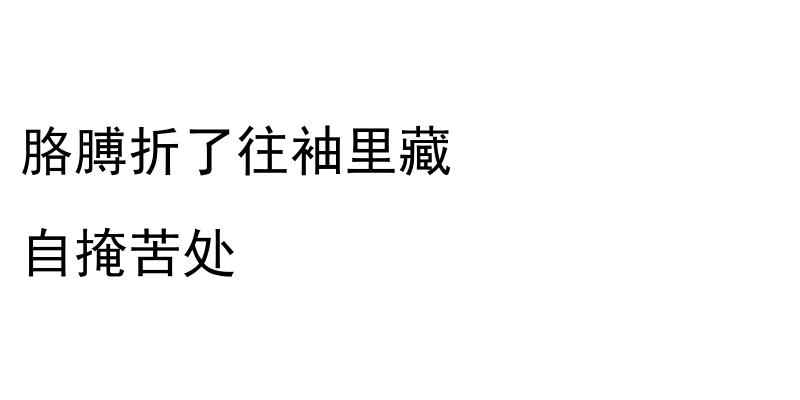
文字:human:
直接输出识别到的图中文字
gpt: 胳膊折了往袖里藏 自掩苦处